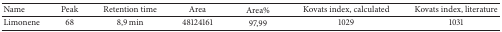
| Name | Peak | Retention time | Area | Area% | Kovats index, calculated | Kovats index, literature |
 | --- | --- | --- | --- | --- | --- | --- |
 | Limonene | 68 | 8,9 min | 48124161 | 97,99 | 1029 | 1031 |